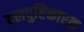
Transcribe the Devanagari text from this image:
बलपुष्टिकारक